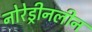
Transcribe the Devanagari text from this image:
नोरेड्रीनलीन